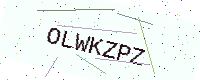
Text: OLWKZPZ